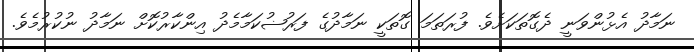
ނަމާދު އެޅުންވަނީ ދެގޮތަކަށެވެ. ފުރަތަމަ ގޮތަކީ ނަމާދުގެ ފަރުޟުކަމާމެދު އިންކާރުކޮށް ނަމާދު ނުކުރުމެވެ.